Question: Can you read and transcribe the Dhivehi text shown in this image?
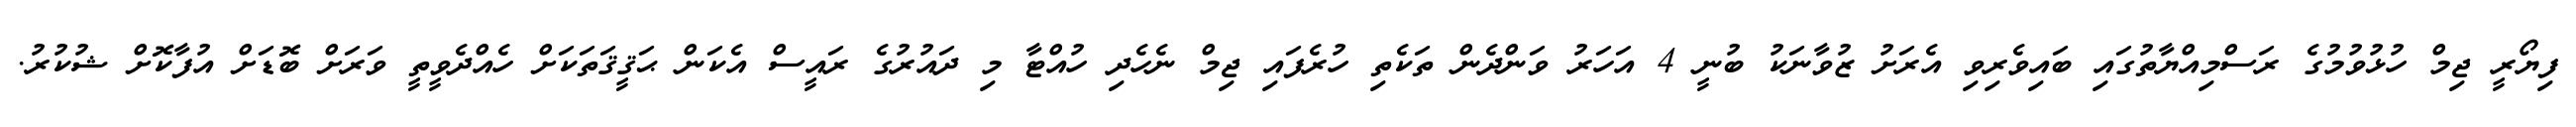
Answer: ފިޔޯރީ ޖިމް ހުޅުވުމުގެ ރަސްމިއްޔާތުގައި ބައިވެރިވި އެރަށު ޒުވާނަކު ބުނީ 4 އަހަރު ވަންދެން ތަކެތި ހުރެފައި ޖިމް ނެހެދި ހުއްޓާ މި ދައުރުގެ ރައީސް އެކަން ޙަޤީޤަތަކަށް ހެއްދެވީތީ ވަރަށް ބޮޑަށް އުފާކޮށް ޝުކުރު.